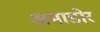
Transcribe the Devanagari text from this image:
अमाडोर